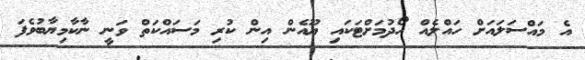
އެ މައްސަލައަށް ހައްލެއް ހޯދުމަށްޓަކައި ޔޫއެން އިން ކުރި މަސައްކަތް ވަނީ ނާކާމިޔާބުވެފަ